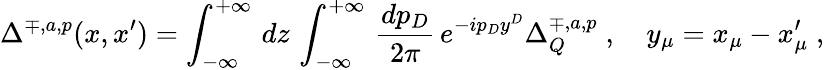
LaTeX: \Delta^{\mp,a,p}(x,x^{\prime})=\int_{-\infty}^{+\infty}\, dz\, \int_{-\infty}^{+\infty}\, \frac{dp_{D}}{2\pi}\, e^{-ip_{D}y^{D}}\Delta_{Q}^{\mp,a,p}\; ,\quad y_{\mu}=x_{\mu}-x_{\mu}^{\prime}\; ,